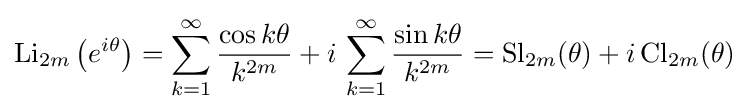
\operatorname {Li} _{2m}\left(e^{i\theta }\right)=\sum _{k=1}^{\infty }{\frac {\cos k\theta }{k^{2m}}}+i\,\sum _{k=1}^{\infty }{\frac {\sin k\theta }{k^{2m}}}=\operatorname {Sl} _{2m}(\theta )+i\operatorname {Cl} _{2m}(\theta )